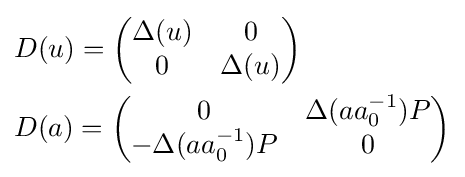
{\begin{aligned}&D(u)={\begin{pmatrix}\Delta (u)&0\\0&\Delta (u)\end{pmatrix}}\\&D(a)={\begin{pmatrix}0&\Delta (aa_{0}^{-1})P\\-\Delta (aa_{0}^{-1})P&0\end{pmatrix}}\end{aligned}}